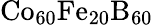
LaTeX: \mathrm{Co_{60}Fe_{20}B_{60}}